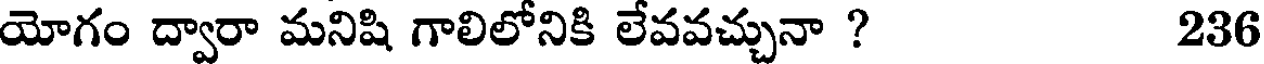
యోగం ద్వారా మనిషి గాలిలోనికి లేవవచ్చునా ? 236